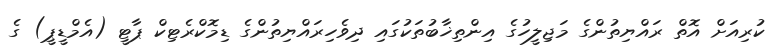
ކުރިއަށް އޮތް ރައްޔިތުންގެ މަޖިލީހުގެ އިންތިޚާބުތަކުގައި ދިވެހިރައްޔިތުންގެ ޑިމޮކްރެޓިކް ޕާޓީ (އެމްޑީޕީ) ގެ